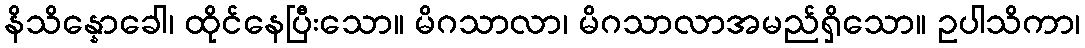
နိသိန္နောခေါ၊ ထိုင်နေပြီးသော။ မိဂသာလာ၊ မိဂသာလာအမည်ရှိသော။ ဥပါသိကာ၊